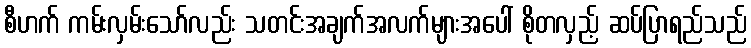
စီဟက် ကမ်းလှမ်းသော်လည်း သတင်းအချက်အလက်များအပေါ် စိုတလှည့် ဆပ်ပြာရည်သည်